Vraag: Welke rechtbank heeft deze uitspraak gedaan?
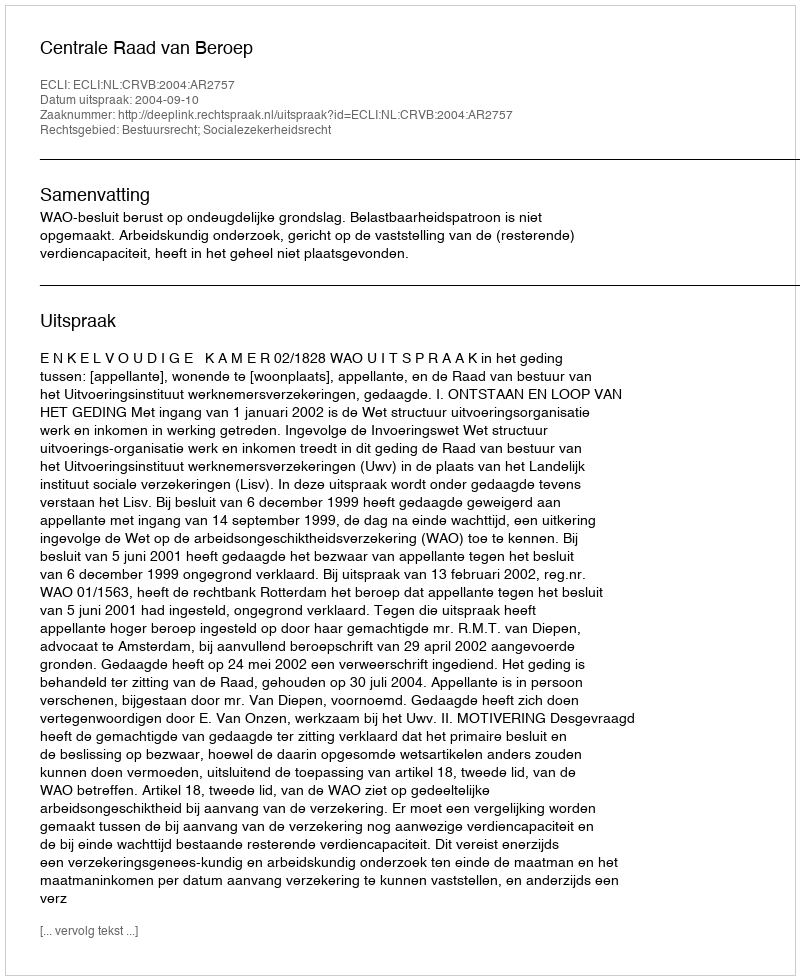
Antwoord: Centrale Raad van Beroep